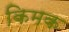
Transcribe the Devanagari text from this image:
किमक